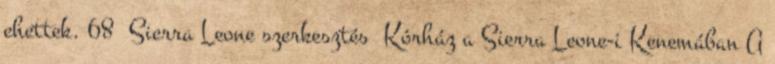
ehettek. 68 Sierra Leone szerkesztés Kórház a Sierra Leone-i Kenemában A